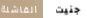
الفاشلة جنيت